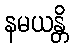
နမယန္တိ